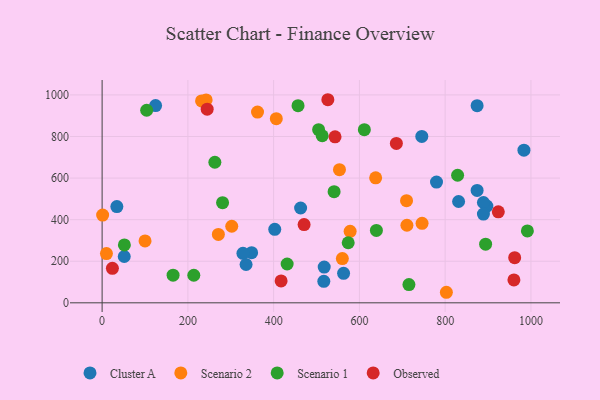
{"axis": {"x": "Speed", "y": "Sales"}, "legend": ["Cluster A", "Observed", "Scenario 1", "Scenario 2"], "data": [{"x": "897.2", "y": 465.5, "type": "Cluster A"}, {"x": "348.6", "y": 241.1, "type": "Cluster A"}, {"x": "517.9", "y": 172.0, "type": "Cluster A"}, {"x": "402.6", "y": 353.4, "type": "Cluster A"}, {"x": "889.2", "y": 482.6, "type": "Cluster A"}, {"x": "563.1", "y": 142.0, "type": "Cluster A"}, {"x": "745.5", "y": 800.5, "type": "Cluster A"}, {"x": "889.2", "y": 426.9, "type": "Cluster A"}, {"x": "831.3", "y": 487.4, "type": "Cluster A"}, {"x": "779.8", "y": 581.0, "type": "Cluster A"}, {"x": "328.4", "y": 238.1, "type": "Cluster A"}, {"x": "983.7", "y": 734.3, "type": "Cluster A"}, {"x": "34.4", "y": 462.8, "type": "Cluster A"}, {"x": "517.0", "y": 103.4, "type": "Cluster A"}, {"x": "462.9", "y": 456.0, "type": "Cluster A"}, {"x": "335.7", "y": 184.2, "type": "Cluster A"}, {"x": "51.6", "y": 222.7, "type": "Cluster A"}, {"x": "874.5", "y": 948.5, "type": "Cluster A"}, {"x": "124.7", "y": 949.0, "type": "Cluster A"}, {"x": "874.5", "y": 540.7, "type": "Cluster A"}, {"x": "746.1", "y": 382.3, "type": "Scenario 2"}, {"x": "637.9", "y": 601.1, "type": "Scenario 2"}, {"x": "709.9", "y": 491.3, "type": "Scenario 2"}, {"x": "710.8", "y": 373.1, "type": "Scenario 2"}, {"x": "231.9", "y": 971.0, "type": "Scenario 2"}, {"x": "362.4", "y": 917.6, "type": "Scenario 2"}, {"x": "1.2", "y": 422.0, "type": "Scenario 2"}, {"x": "802.8", "y": 50.7, "type": "Scenario 2"}, {"x": "553.5", "y": 640.6, "type": "Scenario 2"}, {"x": "302.3", "y": 368.4, "type": "Scenario 2"}, {"x": "271.1", "y": 329.1, "type": "Scenario 2"}, {"x": "10.1", "y": 236.8, "type": "Scenario 2"}, {"x": "406.2", "y": 885.6, "type": "Scenario 2"}, {"x": "100.1", "y": 297.5, "type": "Scenario 2"}, {"x": "578.4", "y": 344.0, "type": "Scenario 2"}, {"x": "560.2", "y": 213.0, "type": "Scenario 2"}, {"x": "242.6", "y": 975.9, "type": "Scenario 2"}, {"x": "504.9", "y": 833.0, "type": "Scenario 1"}, {"x": "456.9", "y": 948.5, "type": "Scenario 1"}, {"x": "431.5", "y": 186.7, "type": "Scenario 1"}, {"x": "262.9", "y": 676.2, "type": "Scenario 1"}, {"x": "165.5", "y": 132.8, "type": "Scenario 1"}, {"x": "541.0", "y": 534.5, "type": "Scenario 1"}, {"x": "213.8", "y": 132.5, "type": "Scenario 1"}, {"x": "991.7", "y": 346.0, "type": "Scenario 1"}, {"x": "513.3", "y": 803.5, "type": "Scenario 1"}, {"x": "829.0", "y": 613.5, "type": "Scenario 1"}, {"x": "611.5", "y": 832.6, "type": "Scenario 1"}, {"x": "280.9", "y": 481.9, "type": "Scenario 1"}, {"x": "715.5", "y": 87.8, "type": "Scenario 1"}, {"x": "894.3", "y": 282.3, "type": "Scenario 1"}, {"x": "639.6", "y": 348.3, "type": "Scenario 1"}, {"x": "573.9", "y": 288.9, "type": "Scenario 1"}, {"x": "51.9", "y": 278.4, "type": "Scenario 1"}, {"x": "103.9", "y": 926.3, "type": "Scenario 1"}, {"x": "471.0", "y": 376.4, "type": "Observed"}, {"x": "526.4", "y": 976.9, "type": "Observed"}, {"x": "417.4", "y": 105.3, "type": "Observed"}, {"x": "962.1", "y": 217.3, "type": "Observed"}, {"x": "923.9", "y": 437.7, "type": "Observed"}, {"x": "686.2", "y": 766.5, "type": "Observed"}, {"x": "24.0", "y": 165.8, "type": "Observed"}, {"x": "245.0", "y": 931.5, "type": "Observed"}, {"x": "960.3", "y": 110.0, "type": "Observed"}, {"x": "543.2", "y": 798.4, "type": "Observed"}]}